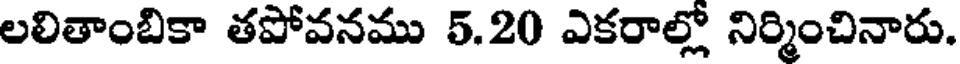
లలితాంబికా తపోవనము 5.20 ఎకరాల్లో నిర్మించినారు.